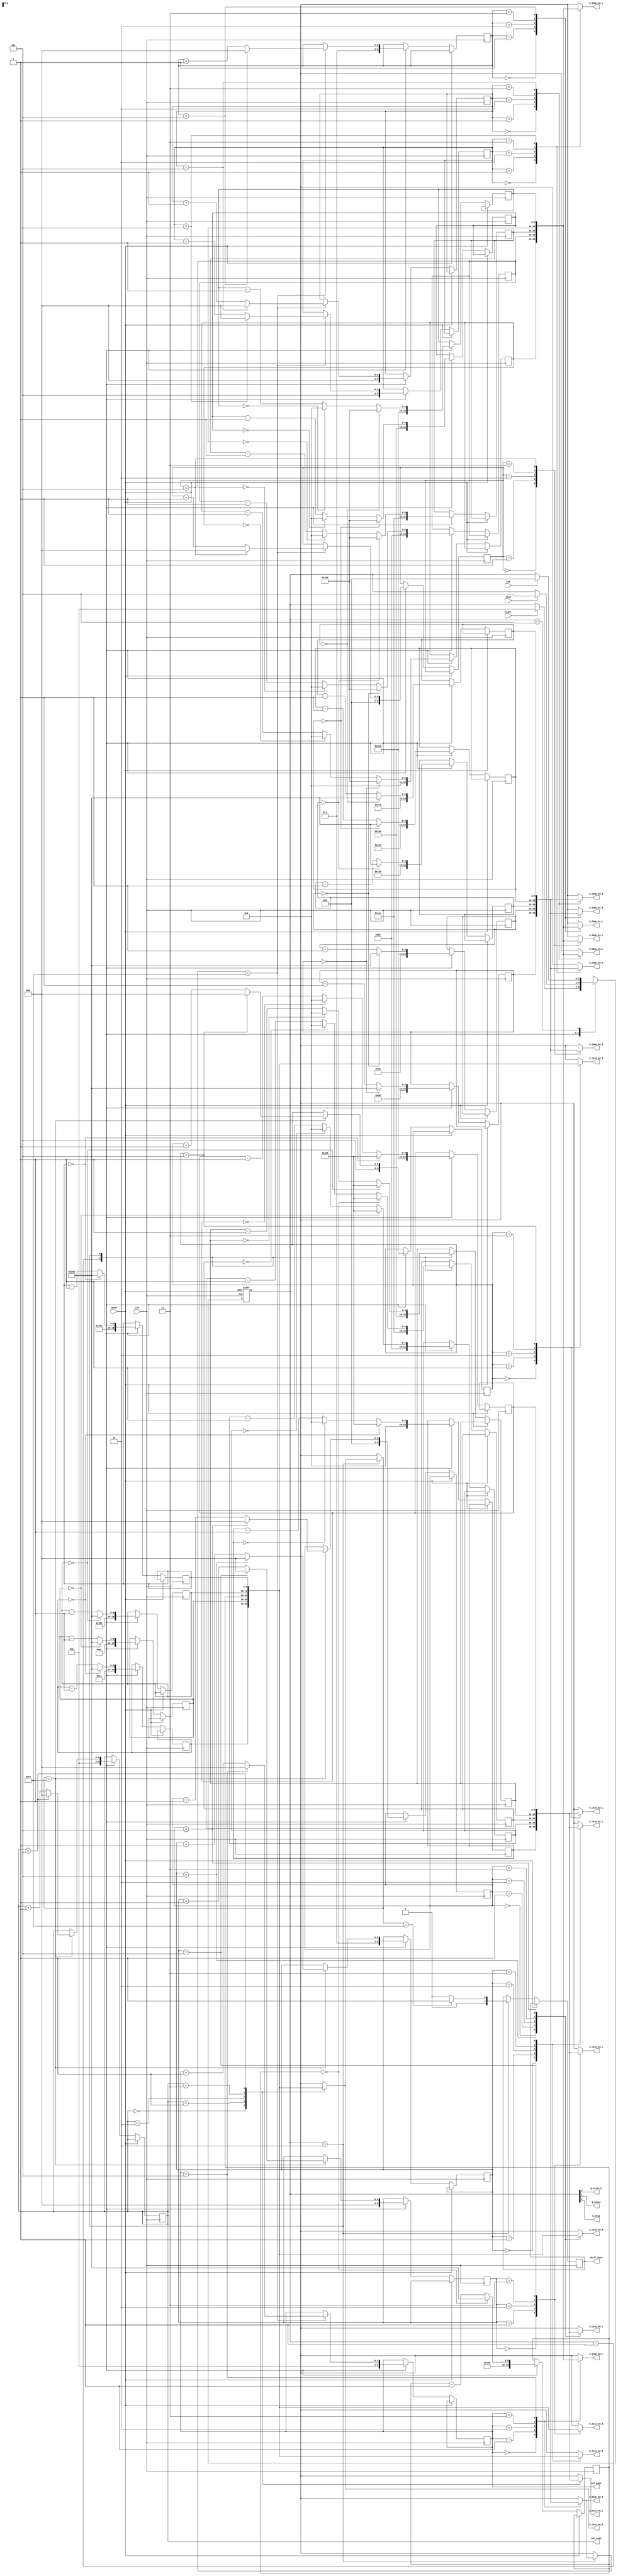
module X_RAM_NOREAD(clk,reset,Start, Stop, Ack, out_pipe, out_coin,
	X_Edge_OO_L,
	X_Edge_O1_L,
	X_Edge_O2_L,
	X_Edge_O3_L,
	X_Edge_O4_L,
	
	X_Edge_OO_R,
	X_Edge_O1_R,
	X_Edge_O2_R,
	X_Edge_O3_R,
	X_Edge_O4_R,
	
	X_Coin_OO_L,
	X_Coin_O1_L,
	X_Coin_O2_L,
	X_Coin_O3_L,
	X_Coin_O4_L,
	X_Coin_OO_R,
	X_Coin_O1_R,
	X_Coin_O2_R,
	X_Coin_O3_R,
	X_Coin_O4_R,
	
	shift_Coin,
	
	Q_Initial,
	Q_Count,
	Q_Stop);

 input clk,reset;
 input Start, Stop, Ack;
 
 output [9:0] X_Edge_OO_L;
 output [9:0] X_Edge_O1_L;
 output [9:0] X_Edge_O2_L;
 output [9:0] X_Edge_O3_L;
 output [9:0] X_Edge_O4_L;
 
 output [9:0] X_Edge_OO_R;
 output [9:0] X_Edge_O1_R;
 output [9:0] X_Edge_O2_R;
 output [9:0] X_Edge_O3_R;
 output [9:0] X_Edge_O4_R;
 
 output [9:0] X_Coin_OO_L;
 output [9:0] X_Coin_O1_L;
 output [9:0] X_Coin_O2_L;
 output [9:0] X_Coin_O3_L;
 output [9:0] X_Coin_O4_L;
 output [9:0] X_Coin_OO_R;
 output [9:0] X_Coin_O1_R;
 output [9:0] X_Coin_O2_R;
 output [9:0] X_Coin_O3_R;
 output [9:0] X_Coin_O4_R;
 
 output [1:0] shift_Coin;
 
 
 output	[2:0] out_pipe;
 output  [2:0] out_coin;
 output 	Q_Initial, Q_Count, Q_Stop;
 
 reg [9:0] array_X_Left [4:0]; // 2D array X to store five 10 bit pipes
 reg [9:0] array_X_Right [4:0]; // 2D array X to store five 10 bit pipes
 reg [9:0] array_X_Coin_Left [4:0]; // 2D array X to store five 10 bit coins
 reg [9:0] array_X_Coin_Right [4:0]; // 2D array X to store five 10 bit coins
 reg [2:0] out_pipe;
 reg [2:0] out_coin;
 
 reg shift_Coin;
 
 reg[2:0] state;
 
 parameter PIPE_WIDTH = 61;
 parameter COIN_WIDTH = 20;
 parameter INTERVAL = 142;
 
 localparam
			QInitial = 3'b001,
			QCount	= 3'b010,
			QStop = 3'b100,
			UNK		= 3'bXXX;
	
	assign {Q_Stop, Q_Count,
			Q_Initial } = state;
			
	parameter X0_init = 0;
	parameter X1_init = INTERVAL;
	parameter X2_init = 2*INTERVAL;
	parameter X3_init = 3*INTERVAL;
	parameter X4_init = 4*INTERVAL;
	
	parameter X0_init_2 = PIPE_WIDTH;
	parameter X1_init_2 = PIPE_WIDTH + INTERVAL;
	parameter X2_init_2 = PIPE_WIDTH + 2*INTERVAL;
	parameter X3_init_2 = PIPE_WIDTH + 3*INTERVAL;
	parameter X4_init_2 = PIPE_WIDTH + 4*INTERVAL;
	
	//coin
	parameter X0_init_coin = 0;
	parameter X1_init_coin = INTERVAL;
	parameter X2_init_coin = 2*INTERVAL;
	parameter X3_init_coin = 3*INTERVAL;
	parameter X4_init_coin = 4*INTERVAL;
	
	//coin
	parameter X0_init_coin_2 = COIN_WIDTH;
	parameter X1_init_coin_2 = COIN_WIDTH + INTERVAL;
	parameter X2_init_coin_2 = COIN_WIDTH + 2*INTERVAL;
	parameter X3_init_coin_2 = COIN_WIDTH + 3*INTERVAL;
	parameter X4_init_coin_2 = COIN_WIDTH + 4*INTERVAL;
	
	// pipe order
	//reg [1:0] out_temp_0; 
	reg [2:0] out_temp_1;
	reg [2:0] out_temp_2;
	reg [2:0] out_temp_3;
	reg [2:0] out_temp_4;
	
	// coin order
	//reg [1:0] out_coin_0; 
	reg [2:0] out_coin_1;
	reg [2:0] out_coin_2;
	reg [2:0] out_coin_3;
	reg [2:0] out_coin_4;

integer i;
 always @ (posedge clk, posedge reset)
	begin  : X_RAM_logic
		if(reset)
		begin
			state <= QInitial;
		end
		
		else
		begin
			case(state)	 
	 		
				QInitial:
				begin
				
						array_X_Left[0] <= X0_init;
						array_X_Left[1] <= X1_init;
						array_X_Left[2] <= X2_init;
						array_X_Left[3] <= X3_init;
						array_X_Left[4] <= X4_init;
						
						array_X_Right[0] <= X0_init_2;
						array_X_Right[1] <= X1_init_2;
						array_X_Right[2] <= X2_init_2;
						array_X_Right[3] <= X3_init_2;
						array_X_Right[4] <= X4_init_2;
						
						// Coins
						array_X_Coin_Left[0] <= X0_init_coin;
						array_X_Coin_Left[1] <= X1_init_coin;
						array_X_Coin_Left[2] <= X2_init_coin;
						array_X_Coin_Left[3] <= X3_init_coin;
						array_X_Coin_Left[4] <= X4_init_coin;
						
						array_X_Coin_Right[0] <= X0_init_coin_2;
						array_X_Coin_Right[1] <= X1_init_coin_2;
						array_X_Coin_Right[2] <= X2_init_coin_2;
						array_X_Coin_Right[3] <= X3_init_coin_2;
						array_X_Coin_Right[4] <= X4_init_coin_2;
						
						out_pipe <= 2; // The first pipe in scope is 2 because that's just to the right of the bird.
						out_temp_1 <= 3;
						out_temp_2 <= 4;
						out_temp_3 <= 0;
						out_temp_4 <= 1;
						
						out_coin <= 2; // The first coin in scope is 2 because that's just to the right of the bird.
						out_coin_1 <= 3;
						out_coin_2 <= 4;
						out_coin_3 <= 0;
						out_coin_4 <= 1;
						
					if(Start) // we're startin' folks
						state <= QCount;
				end	
			
				QCount:
				begin
					if(Stop)
					begin
						state <= QStop;
					end
						for(i = 0; i < 5; i = i + 1) // Then we shift each pipe by 1 pixel
						begin
							array_X_Left[i] <= array_X_Left[i]-10'd1;
							array_X_Right[i] <= array_X_Right[i]-10'd1;
							array_X_Coin_Left[i] <= array_X_Coin_Left[i]-10'd1;
							array_X_Coin_Right[i] <= array_X_Coin_Right[i]-10'd1;
							if(array_X_Left[i] == 0)
							begin
								array_X_Left[i] <= 0;
							end
								
							if(array_X_Right[i] == 0)
							begin
								array_X_Left[i] <= 10'd640;
								array_X_Right[i] <= 10'd640 + PIPE_WIDTH;
							end
							if(array_X_Coin_Left[i] == 0)
							begin
								array_X_Coin_Left[i] <= 0;
							end
							
							if(array_X_Coin_Right[i] == 0)
							begin
								array_X_Coin_Left[i] <= 10'd640 + PIPE_WIDTH - COIN_WIDTH;
								array_X_Coin_Right[i] <= 10'd640 + PIPE_WIDTH;
							end
							
						end
				
						if(array_X_Right[out_pipe] < 230) // if current pipe is going out of scope 
						begin // move on to the next pipe
							out_pipe <= out_pipe + 1;
							if(out_pipe == 4)
								out_pipe <= 0;
							
							out_temp_1 <= out_temp_1 + 1;
							if(out_temp_1 == 4)
								out_temp_1 <= 0;
								
							out_temp_2 <= out_temp_2 + 1;
							if(out_temp_2 == 4)
								out_temp_2 <= 0;
								
							out_temp_3 <= out_temp_3 + 1;
							if(out_temp_3 == 4)
								out_temp_3 <= 0;
								
							out_temp_4 <= out_temp_4 + 1;
							if(out_temp_4 == 4)
								out_temp_4 <= 0;	
							
						end
						
						// Coin
						if(array_X_Coin_Right[out_coin] < 230) // if current coin is going out of scope 
						begin // move on to the next coin
							out_coin <= out_coin + 1;
							if(out_coin == 4)
								out_coin <= 0;
							
							out_coin_1 <= out_coin_1 + 1;
							if(out_coin_1 == 4)
								out_coin_1 <= 0;
								
							out_coin_2 <= out_coin_2 + 1;
							if(out_coin_2 == 4)
								out_coin_2 <= 0;
								
							out_coin_3 <= out_coin_3 + 1;
							if(out_coin_3 == 4)
								out_coin_3 <= 0;
								
							out_coin_4 <= out_coin_4 + 1;
							if(out_coin_4 == 4)
								out_coin_4 <= 0;
						end
						
						if(array_X_Coin_Right[out_coin] == 230)
							// Give shift signal to coin
							shift_Coin <= 1;
						else shift_Coin <= 0;
				
				end // COUNT_EN
			
				QStop:
				begin
					if(Ack)
						state <= QInitial;
				end

				default:
					state <= UNK;
			endcase
		end
	end

 
 assign X_Edge_OO_L = array_X_Left[out_pipe];
 assign X_Edge_O1_L = array_X_Left[out_temp_1];
 assign X_Edge_O2_L = array_X_Left[out_temp_2];
 assign X_Edge_O3_L = array_X_Left[out_temp_3];
 assign X_Edge_O4_L = array_X_Left[out_temp_4];
 
 assign X_Edge_OO_R = array_X_Right[out_pipe];
 assign X_Edge_O1_R = array_X_Right[out_temp_1];
 assign X_Edge_O2_R = array_X_Right[out_temp_2];
 assign X_Edge_O3_R = array_X_Right[out_temp_3];
 assign X_Edge_O4_R = array_X_Right[out_temp_4];
 
 assign X_Coin_OO_L = array_X_Coin_Left[out_coin];
 assign X_Coin_O1_L = array_X_Coin_Left[out_coin_1];
 assign X_Coin_O2_L = array_X_Coin_Left[out_coin_2];
 assign X_Coin_O3_L = array_X_Coin_Left[out_coin_3];
 assign X_Coin_O4_L = array_X_Coin_Left[out_coin_4];
 
 assign X_Coin_OO_R = array_X_Coin_Right[out_coin];
 assign X_Coin_O1_R = array_X_Coin_Right[out_coin_1];
 assign X_Coin_O2_R = array_X_Coin_Right[out_coin_2];
 assign X_Coin_O3_R = array_X_Coin_Right[out_coin_3];
 assign X_Coin_O4_R = array_X_Coin_Right[out_coin_4];
 
endmodule